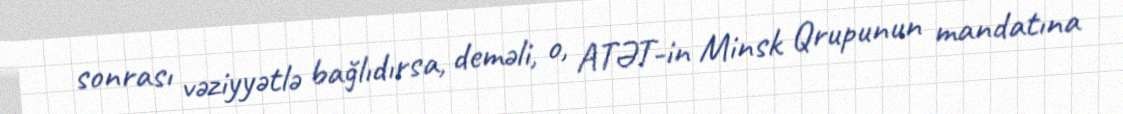
sonrası vəziyyətlə bağlıdırsa, deməli, o, ATƏT-in Minsk Qrupunun mandatına